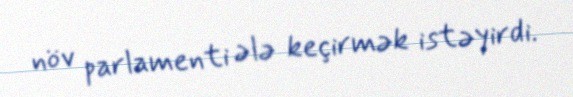
növ parlamenti ələ keçirmək istəyirdi.